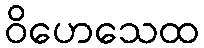
ဝိဟေသေထ